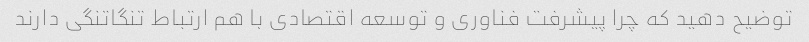
توضیح دهید که چرا پیشرفت فناوری و توسعه اقتصادی با هم ارتباط تنگاتنگی دارند